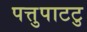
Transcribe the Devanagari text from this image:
पत्तुपाटटु